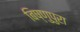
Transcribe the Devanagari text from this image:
बिष्णुपुरा